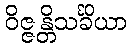
ဝိဇ္ဇန္တိသင်္ခိယာ